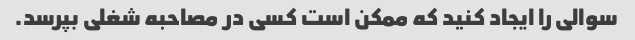
سوالی را ایجاد کنید که ممکن است کسی در مصاحبه شغلی بپرسد.